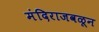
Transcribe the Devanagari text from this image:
मंदिराजवळून